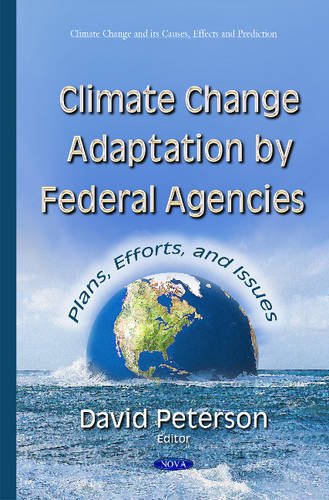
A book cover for Climate Change Adaptation by Federal Agencies: Plans, Efforts, and Issues; Law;